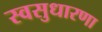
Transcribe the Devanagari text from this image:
स्वसुधारणा